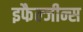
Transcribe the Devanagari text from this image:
इफैल्जीन्स